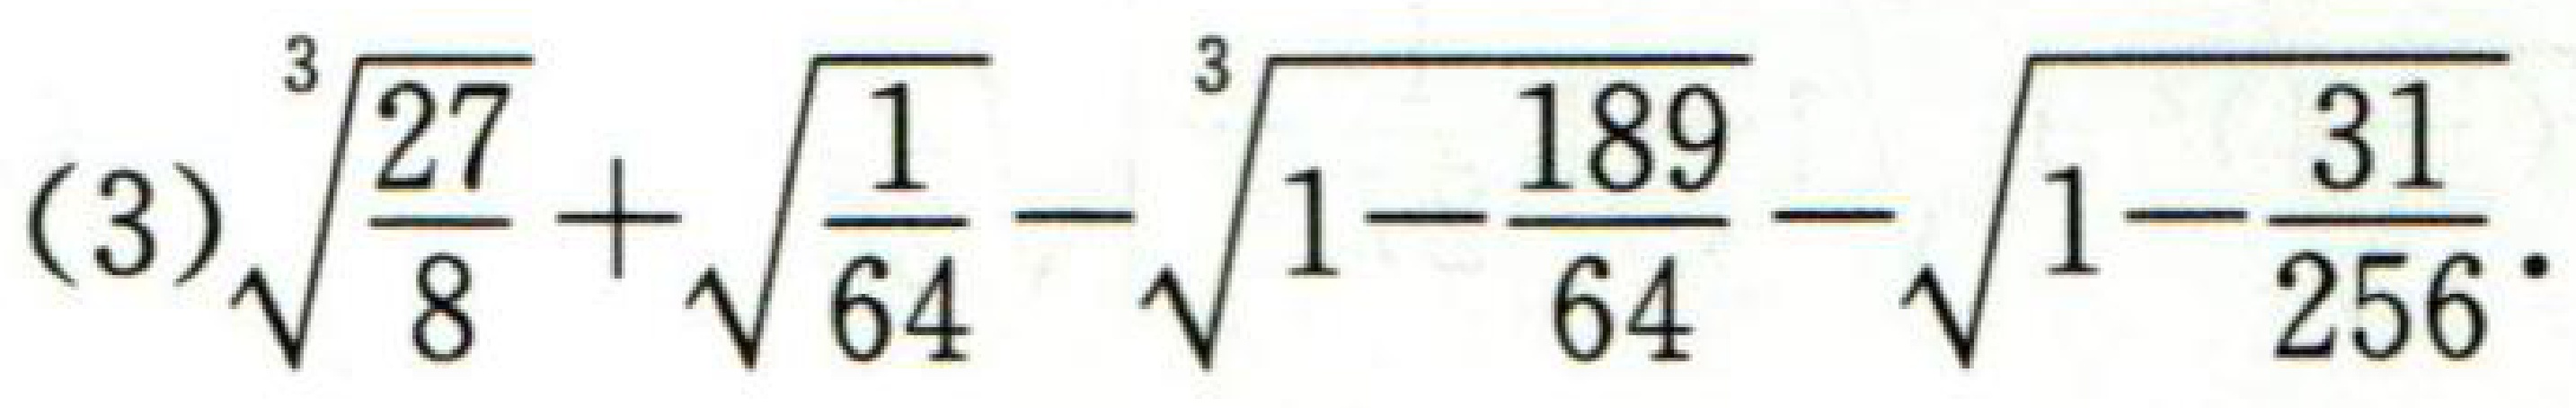
(3)$\sqrt[3]{\frac{27}{8}}+\sqrt{\frac{1}{64}}-\sqrt[3]{1 - \frac{189}{64}}-\sqrt{1-\frac{31}{256}}$